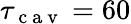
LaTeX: \tau_{\mathrm{~c~a~v~}}=60